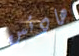
هادئين